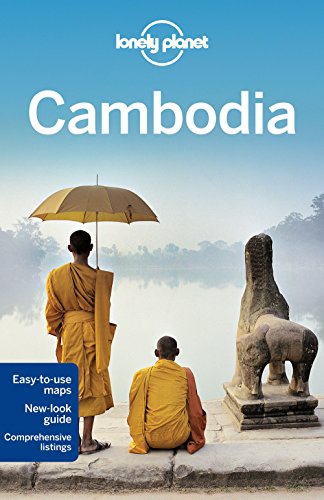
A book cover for Lonely Planet Cambodia (Travel Guide); Lonely Planet; Travel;